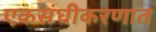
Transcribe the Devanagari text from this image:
एकसंघीकरणात